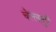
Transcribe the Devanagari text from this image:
चेल्लादुरै